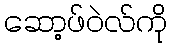
ဆော့ဖ်ဝဲလ်ကို